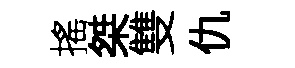
搖桀雙仇